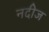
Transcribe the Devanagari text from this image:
नदीज